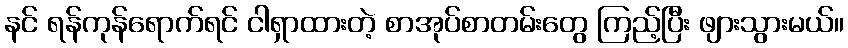
နင် ရန်ကုန်ရောက်ရင် ငါရှာထားတဲ့ စာအုပ်စာတမ်းတွေ ကြည့်ပြီး ဖျားသွားမယ်။